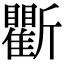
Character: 𣃖